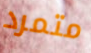
متمرد